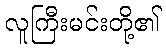
လူကြီးမင်းတို့၏